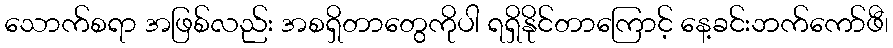
သောက်စရာ အဖြစ်လည်း အစရှိတာတွေကိုပါ ရရှိနိုင်တာကြောင့် နေ့ခင်းဘက်ကော်ဖီ၊